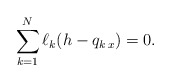
\begin{align*}\sum_{k=1}^N \ell_k(h-q_{k\,x})=0.\end{align*}